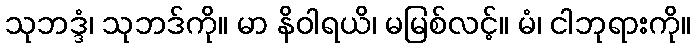
သုဘဒ္ဒံ၊ သုဘဒ်ကို။ မာ နိဝါရယိ၊ မမြစ်လင့်။ မံ၊ ငါဘုရားကို။